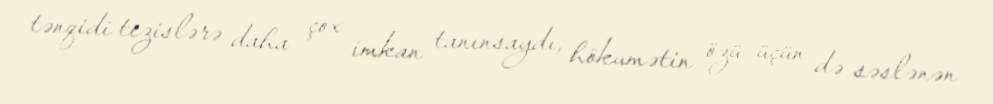
tənqidi tezislərə daha çox imkan tanınsaydı, hökumətin özü üçün də səslənən